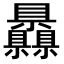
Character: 𥍙